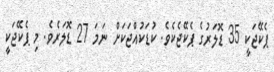
ޕެކޭޖަކީ 35 ޑޮލަރުގެ ޕެކޭޖެކެވެ. ކުޑަކުއްޖަކަށް ނަމަ 27 ޑޮލަރެވެ. މި ޕެކޭޖަކީ